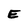
Character: E